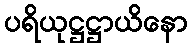
ပရိယုဋ္ဌဋ္ဌာယိနော